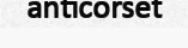
anticorset